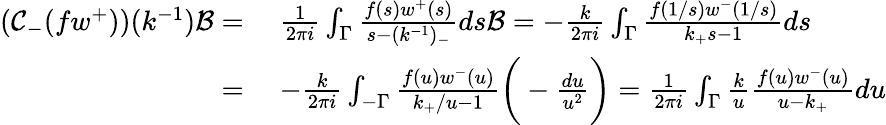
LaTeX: \begin{array}{rl}{(\mathcal{C}_{-}(fw^{+}))(k^{-1})\mathcal{B}=}&{\; \frac{1}{2\pi i}\int_{\Gamma}\frac{f(s)w^{+}(s)}{s-(k^{-1})_{-}}ds\mathcal{B}=-\frac{k}{2\pi i}\int_{\Gamma}\frac{f(1/s)w^{-}(1/s)}{k_{+}s-1}ds}\\ {=}&{\; -\frac{k}{2\pi i}\int_{-\Gamma}\frac{f(u)w^{-}(u)}{k_{+}/u-1}\bigg(-\frac{du}{u^{2}}\bigg)=\frac{1}{2\pi i}\int_{\Gamma}\frac{k}{u}\frac{f(u)w^{-}(u)}{u-k_{+}}du}\end{array}